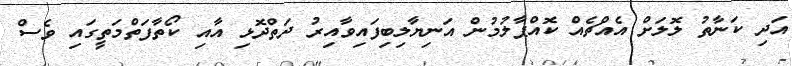
އަދި ކަނާތު ލޮލަށް އެއްޗެއް ކޮއްޕާލުމުން އަނިޔާލިބިފައިވާއިރު ދަތްދޮޅި އާއި ކޯތާފަތްމަތީގައި ވެސް